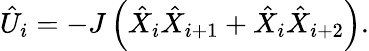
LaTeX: {\hat{U}}_{i}=-J\left({\hat{X}}_{i}{\hat{X}}_{i+1}+{\hat{X}}_{i}{\hat{X}}_{i+2}\right).